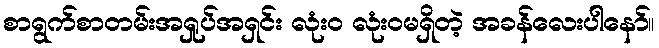
စာရွက်စာတမ်းအရှုပ်အရှင်း လုံးဝ လုံးဝမရှိတဲ့ အခန်လေးပါနော်။